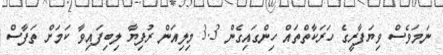
ނަމަވެސް ވިޔަފާރީގެ ހަރަކާތްތައް ހިންގައިގެން 3.3 މިލިއަން ރުފިޔާ ލިބިފައިވާ ކަމަށް ތަފާސް